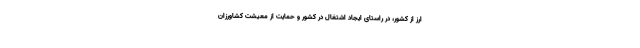
ارز از کشور، در راستای ایجاد اشتغال در کشور و حمایت از معیشت کشاورزان